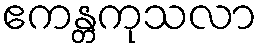
ဧကန္တကုသလာ